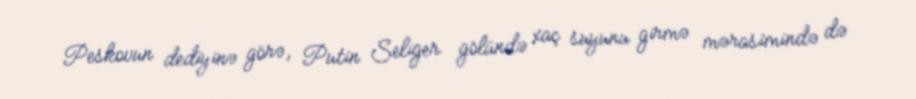
Peskovun dediyinə görə, Putin Seliger gölündə xaç suyunu girmə mərasimində də